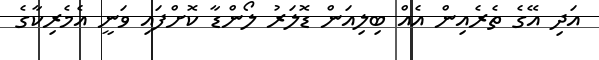
އަދި އޭގެ ތެރެއިން އެއް ބިލިއަން ޑޮލަރު ލޯންޑާ ކޮށްފައިި ވަނީ އެމެރިކާގެ